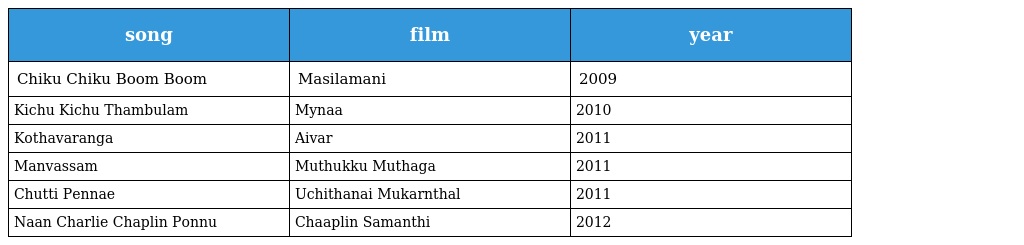
| song | film | year |
 | --- | --- | --- |
 | Chiku Chiku Boom Boom | Masilamani | 2009 |
 | Kichu Kichu Thambulam | Mynaa | 2010 |
 | Kothavaranga | Aivar | 2011 |
 | Manvassam | Muthukku Muthaga | 2011 |
 | Chutti Pennae | Uchithanai Mukarnthal | 2011 |
 | Naan Charlie Chaplin Ponnu | Chaaplin Samanthi | 2012 |